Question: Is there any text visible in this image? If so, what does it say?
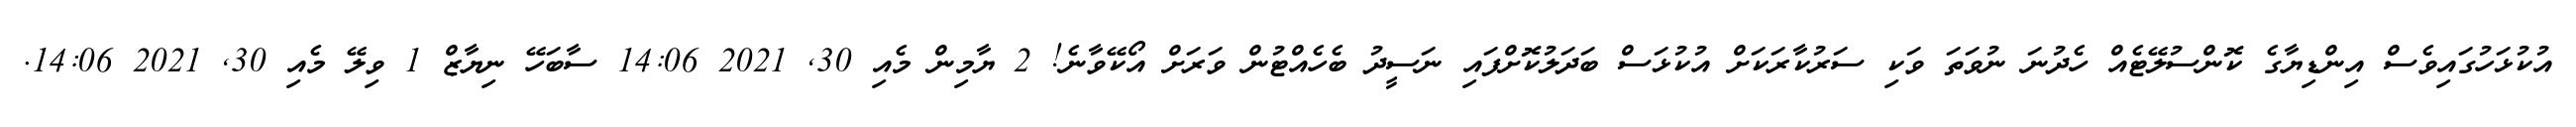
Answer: އުކުޅަހުގައިވެސް އިންޑިޔާގެ ކޮންސުލޭޓެއް ހެދުނަ ނުވަތަ ވަކި ސަރުކާރަކަށް އުކުޅަސް ބަދަލުކޮށްފައި ނަސީދު ބެހެއްޓުން ވަރަށް އޯކޭވާނެ! 2 ޔާމިން މެއި 30, 2021 14:06 ސާބަހޭ ނިޔާޒް 1 ވިލޭ މެއި 30, 2021 14:06.